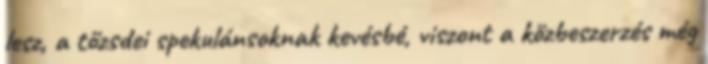
lesz, a tőzsdei spekulánsoknak kevésbé, viszont a közbeszerzés még